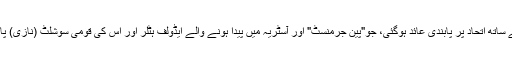
اس پابندی کی وجہ سے جرمنی کے ساتھ اتحاد پر پابندی عائد ہوگئی، جو"پین جرمنسٹ" اور آسٹریہ میں پیدا ہونے والے ایڈولف ہٹلر اور اس کی قومی سوشلٹ (نازی) پارٹی کی خواہشات کے برخلاف تھا۔